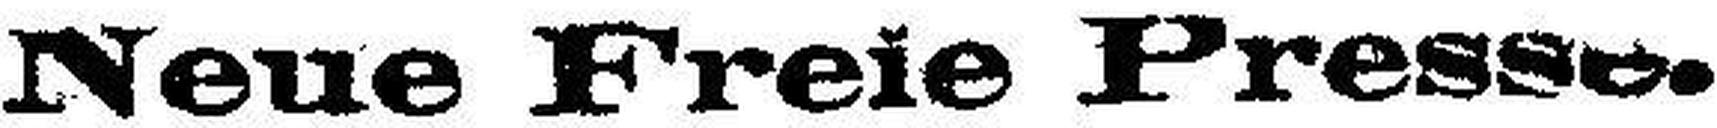
Neue Freie Presse.